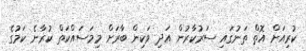
ކުރިއަށް އޮތް ތަނުގައި ސަރުކާރުން އަދި ވަކިން ބާރަށް މިމަސައްކަތް ކުރާނެ ކަމުގެ